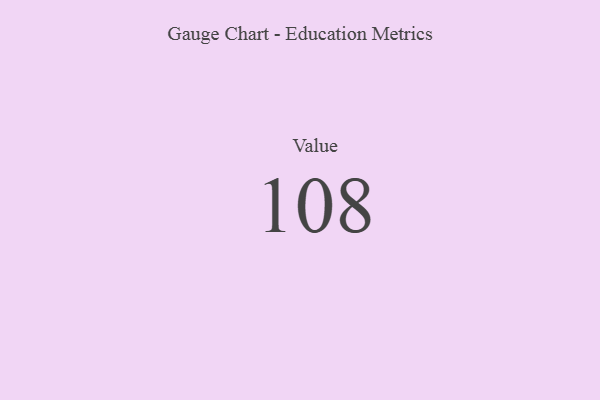
{"axis": {"x": "Metric", "y": "Value"}, "legend": [""], "data": [{"x": "Value", "y": 108, "type": ""}]}